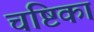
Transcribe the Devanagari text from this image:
चंष्टिका